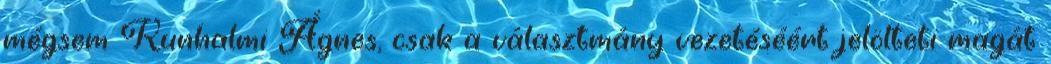
mégsem Kunhalmi Ágnes, csak a választmány vezetéséért jelölteti magát